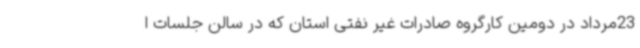
23مرداد در دومین کارگروه صادرات غیر نفتی استان که در سالن جلسات ا